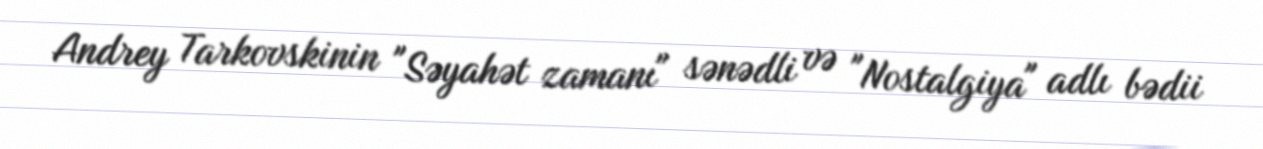
Andrey Tarkovskinin "Səyahət zamanı" sənədli və "Nostalgiya" adlı bədii